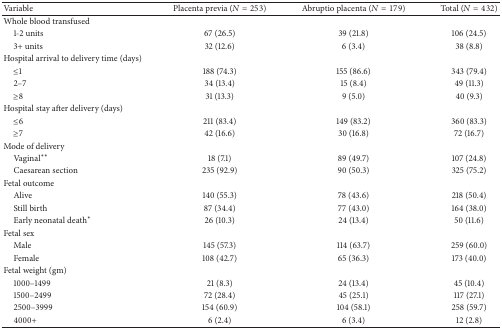
<table><thead><tr><td><b>Variable</b></td><td><b>Placenta previa (<i>N</i> = 253)</b></td><td><b>Abruptio placenta (<i>N</i> = 179)</b></td><td><b>Total (<i>N</i> = 432)</b></td></tr></thead><tbody><tr><td>Whole blood transfused</td><td> </td><td> </td><td> </td></tr><tr><td> 1-2 units</td><td>67 (26.5)</td><td>39 (21.8)</td><td>106 (24.5)</td></tr><tr><td> 3+ units </td><td>32 (12.6)</td><td>6 (3.4)</td><td>38 (8.8)</td></tr><tr><td>Hospital arrival to delivery time (days) </td><td> </td><td> </td><td> </td></tr><tr><td> ≤1</td><td>188 (74.3)</td><td>155 (86.6)</td><td>343 (79.4)</td></tr><tr><td> 2–7</td><td>34 (13.4)</td><td>15 (8.4)</td><td>49 (11.3)</td></tr><tr><td> ≥8 </td><td>31 (13.3)</td><td>9 (5.0)</td><td>40 (9.3)</td></tr><tr><td>Hospital stay after delivery (days) </td><td> </td><td> </td><td> </td></tr><tr><td> ≤6 </td><td>211 (83.4)</td><td>149 (83.2)</td><td>360 (83.3)</td></tr><tr><td> ≥7 </td><td>42 (16.6)</td><td>30 (16.8)</td><td>72 (16.7)</td></tr><tr><td> Mode of delivery </td><td> </td><td> </td><td> </td></tr><tr><td> Vaginal**</td><td>18 (7.1)</td><td>89 (49.7)</td><td>107 (24.8)</td></tr><tr><td> Caesarean section</td><td>235 (92.9)</td><td>90 (50.3)</td><td>325 (75.2)</td></tr><tr><td>Fetal outcome </td><td> </td><td> </td><td> </td></tr><tr><td> Alive </td><td>140 (55.3)</td><td>78 (43.6)</td><td>218 (50.4)</td></tr><tr><td> Still birth</td><td>87 (34.4)</td><td>77 (43.0)</td><td>164 (38.0)</td></tr><tr><td> Early neonatal death*</td><td>26 (10.3)</td><td>24 (13.4)</td><td>50 (11.6)</td></tr><tr><td>Fetal sex </td><td> </td><td> </td><td> </td></tr><tr><td> Male</td><td>145 (57.3)</td><td>114 (63.7)</td><td>259 (60.0)</td></tr><tr><td> Female</td><td>108 (42.7)</td><td>65 (36.3)</td><td>173 (40.0)</td></tr><tr><td>Fetal weight (gm) </td><td> </td><td> </td><td> </td></tr><tr><td> 1000–1499</td><td>21 (8.3)</td><td>24 (13.4)</td><td>45 (10.4) </td></tr><tr><td> 1500–2499</td><td>72 (28.4)</td><td>45 (25.1)</td><td>117 (27.1)</td></tr><tr><td> 2500–3999</td><td>154 (60.9)</td><td>104 (58.1)</td><td>258 (59.7)</td></tr><tr><td> 4000+</td><td>6 (2.4)</td><td>6 (3.4)</td><td>12 (2.8)</td></tr></tbody></table>